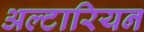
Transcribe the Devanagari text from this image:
अल्टारियन